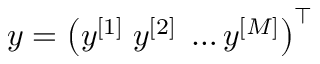
y = \left( y ^ { [ 1 ] } \; y ^ { [ 2 ] } \; \ldots y ^ { [ M ] } \right) ^ { \top }